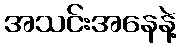
အသင်းအနေနဲ့